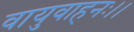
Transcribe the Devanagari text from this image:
वायुवाहनः।।